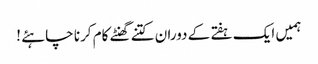
ہمیں ایک ہفتے کے دوران کتنے گھنٹے کام کرنا چاہئے !